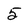
Character: 5